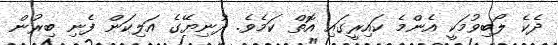
ދެކެ ލޯބިވުމަކީ އެންމެ ކައިރީގައި އޮތް ކަމެވެ. ދުނިޔޭގެ އަލިކަން ފެނި ބިރުން